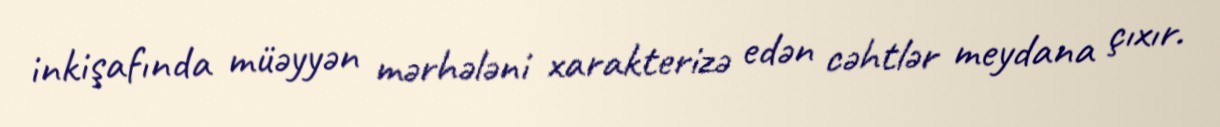
inkişafında müəyyən mərhələni xarakterizə edən cəhtlər meydana çıxır.